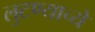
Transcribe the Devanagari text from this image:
लुटण्याच्ये